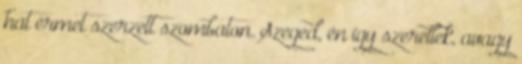
hat érmet szerzett szombaton. Szeged, én így szeretlek, avagy